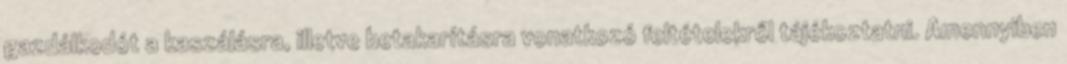
gazdálkodót a kaszálásra, illetve betakarításra vonatkozó feltételekről tájékoztatni. Amennyiben